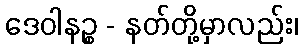
ဒေဝါနဉ္စ - နတ်တို့မှာလည်း၊